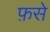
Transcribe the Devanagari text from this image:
फ़से